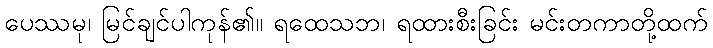
ပေဿမု၊ မြင်ချင်ပါကုန်၏။ ရထေသဘ၊ ရထားစီးခြင်း မင်းတကာတို့ထက်